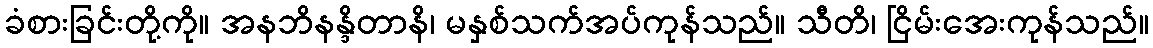
ခံစားခြင်းတို့ကို။ အနဘိနန္ဒိတာနိ၊ မနှစ်သက်အပ်ကုန်သည်။ သီတိ၊ ငြိမ်းအေးကုန်သည်။